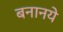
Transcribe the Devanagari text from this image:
बनानये